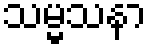
သမ္မသနာ